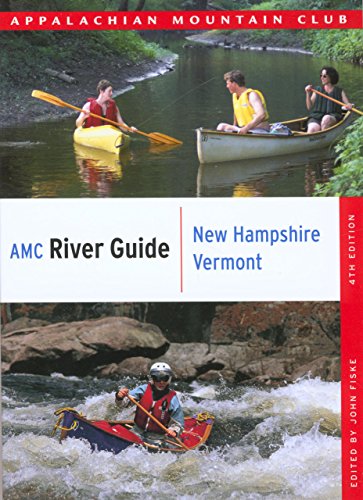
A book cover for AMC River Guide New Hampshire/Vermont (AMC River Guide Series); Travel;